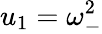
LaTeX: u_{1}=\omega_{-}^{2}